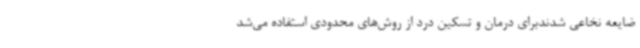
ضایعه نخاعی شدندبرای درمان و تسکین درد از روش‌های محدودی استفاده می‌شد